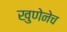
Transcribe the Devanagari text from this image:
खुणेनेच